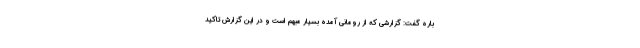
باره گفت: گزارشی که از رومانی آمده بسیار مبهم است و در این گزارش تاکید